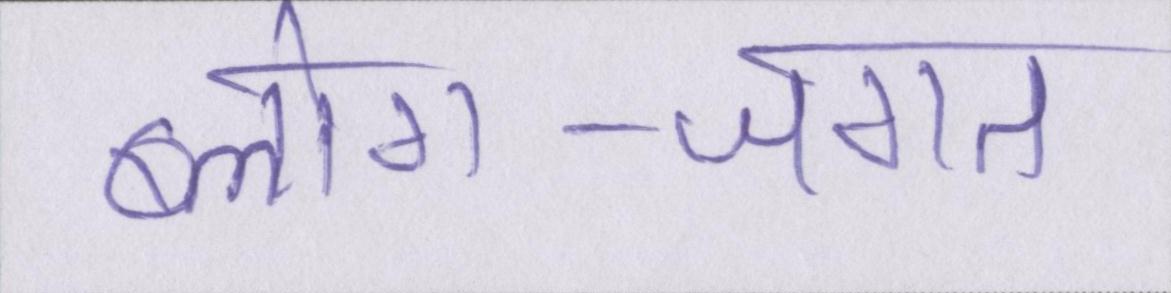
ब्लोग-जगत